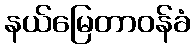
နယ်မြေတာဝန်ခံ